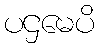
ပဌမေပိ